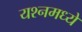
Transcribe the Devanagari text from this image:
यश्नमध्ये